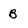
Character: b